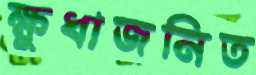
ক্ষুধাজনিত